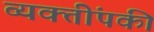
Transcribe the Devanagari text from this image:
व्यक्तींपकी